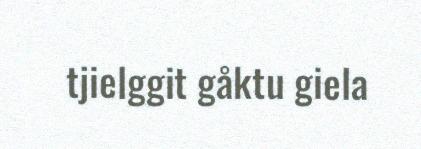
tjielggit gåktu giela